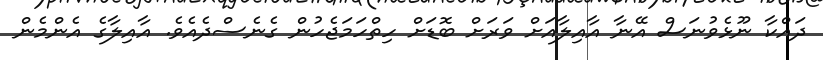
ދައްކާ ނޫޅެވުނަސް އޭނާ އާއިލާއަށް ވަރަށް ބޮޑަށް ހިތްހަމަޖެހުން ގެނެސްދެއެވެ. އާއިލާގެ އެންމެން